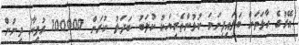
އޭރުގެ ހާލަތަށް ބަލައިފިނަމަ ކުޅުންތެރިޔަކު ކުލަބު ބަދަލު ކުރަން 100000 ރުފިޔާ ދިނުން